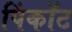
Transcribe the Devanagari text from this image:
पिंकॉट